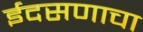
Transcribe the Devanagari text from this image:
ईदसणाचा